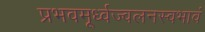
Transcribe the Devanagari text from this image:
प्रभवमूर्ध्वज्वलनस्वभावं